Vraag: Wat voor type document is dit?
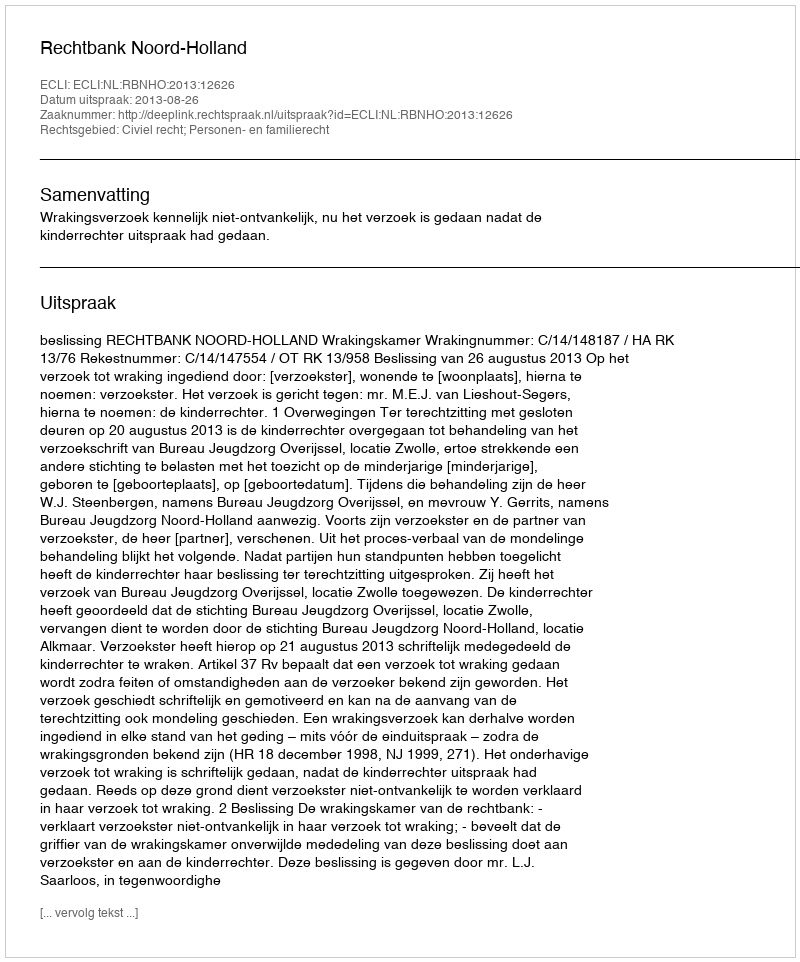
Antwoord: Uitspraak